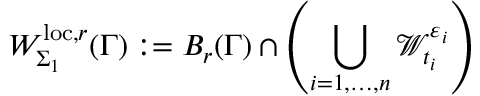
W _ { \Sigma _ { 1 } } ^ { \mathrm { l o c } , r } ( \Gamma ) : = B _ { r } ( \Gamma ) \cap \left( \bigcup _ { i = 1 , \ldots , n } \mathcal { W } _ { t _ { i } } ^ { \varepsilon _ { i } } \right)